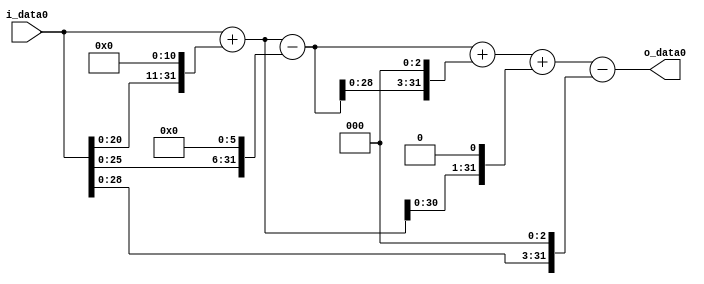
module multiplier_block (
    i_data0,
    o_data0
);

  // Port mode declarations:
  input   [31:0] i_data0;
  output  [31:0]
    o_data0;

  //Multipliers:

  wire [31:0]
    w1,
    w2048,
    w2049,
    w64,
    w1985,
    w15880,
    w17865,
    w4098,
    w21963,
    w8,
    w21955;

  assign w1 = i_data0;
  assign w15880 = w1985 << 3;
  assign w17865 = w1985 + w15880;
  assign w1985 = w2049 - w64;
  assign w2048 = w1 << 11;
  assign w2049 = w1 + w2048;
  assign w21955 = w21963 - w8;
  assign w21963 = w17865 + w4098;
  assign w4098 = w2049 << 1;
  assign w64 = w1 << 6;
  assign w8 = w1 << 3;

  assign o_data0 = w21955;

  //multiplier_block area estimate = 9227.43362084412;
endmodule